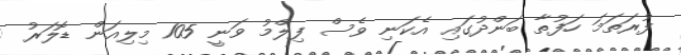
ފުރަތަމަ ހަފުތާ ބަންދުގައި އެކަނި ވެސް ފިލްމު ވަނީ 105 މިލިއަން ޑޮލަރު